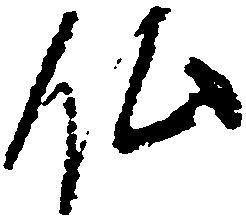
仏